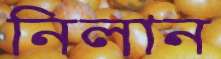
নিলান